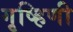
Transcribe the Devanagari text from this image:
गृष्हिणी